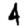
Digit: 4